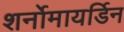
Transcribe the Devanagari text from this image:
शर्नोमायर्डिन